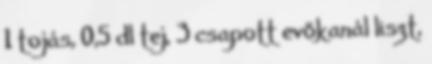
1 tojás, 0,5 dl tej, 3 csapott evőkanál liszt,